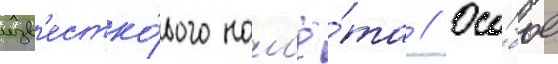
изв'естко́вого нал'ё́та // Осо́бое